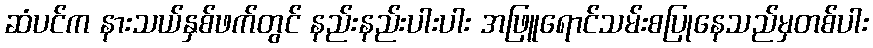
ဆံပင်က နားသယ်နှစ်ဖက်တွင် နည်းနည်းပါးပါး အဖြူရောင်သမ်းစပြုနေသည်မှတစ်ပါး